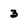
Character: 3